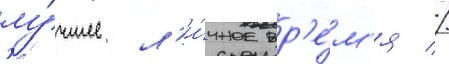
лу́чшее л'и́чное вр'е́м'я //